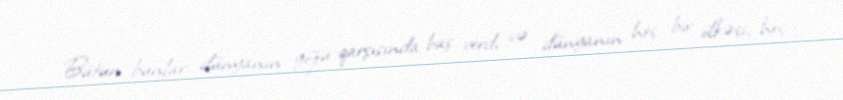
Bütün bunlar dünyanın gözü qarşısında baş verdi və dünyanın heç bir ölkəsi, heç